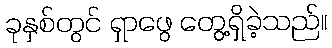
ခုနှစ်တွင် ရှာဖွေ တွေ့ရှိခဲ့သည်။